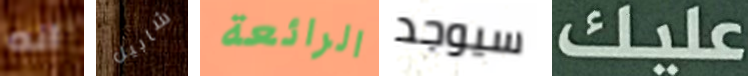
انه شابيل الرائعة سيوجد عليك